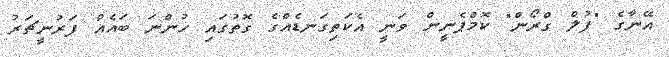
އޭނާގެ "ފުލް ގްރޯން" ކޮމްޕެނީން ވަނީ އެކަތިގަނޑެއްގެ ގޮތުގައި ހުންނަ ބައެއް ފަރުނީޗަރު